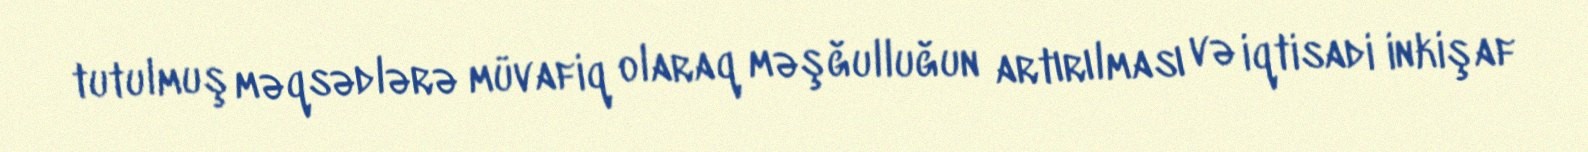
tutulmuş məqsədlərə müvafiq olaraq məşğulluğun artırılması və iqtisadi inkişaf